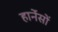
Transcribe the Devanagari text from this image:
हार्नेसों